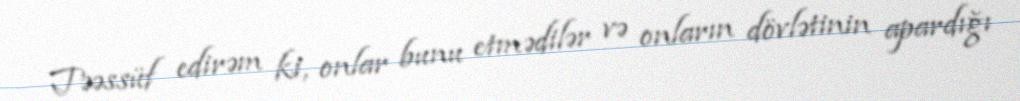
Təəssüf edirəm ki, onlar bunu etmədilər və onların dövlətinin apardığı